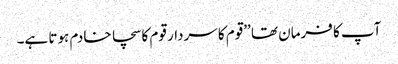
آپ کا فرمان تھا ’’قوم کا سردار قوم کا سچا خادم ہوتا ہے۔